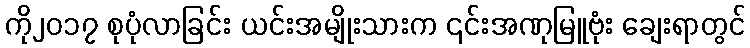
ကို၂၀၁၇ စုပုံလာခြင်း ယင်းအမျိုးသားက ၎င်းအဏုမြူဗုံး ချေးရာတွင်